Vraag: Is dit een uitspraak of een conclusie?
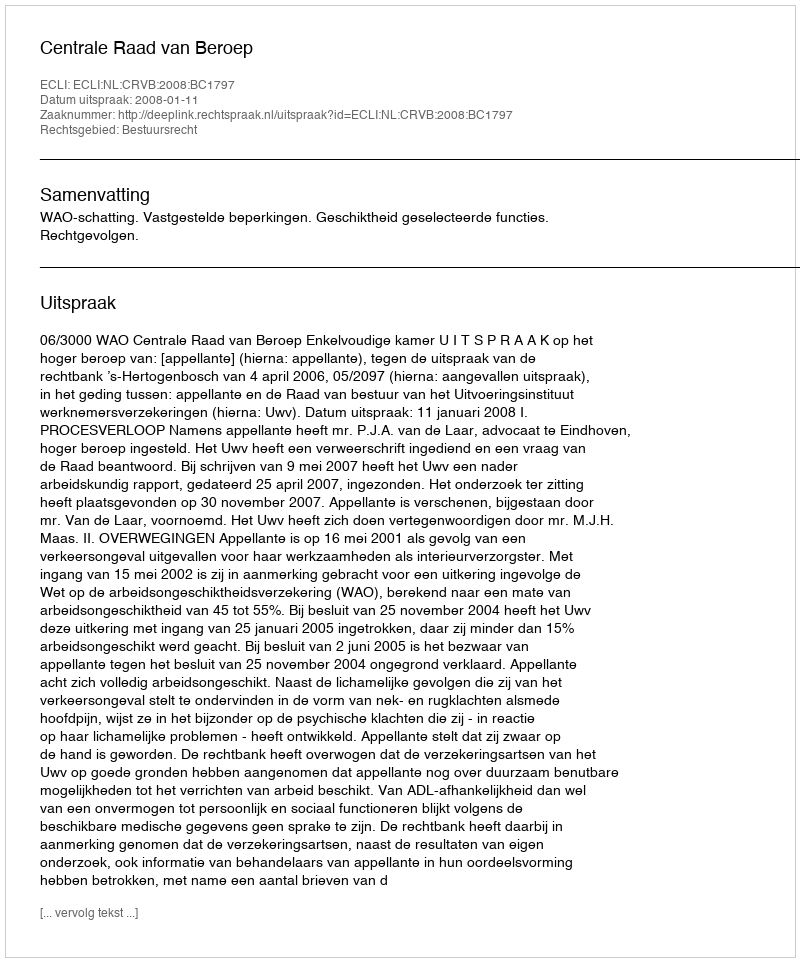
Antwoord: Uitspraak